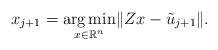
LaTeX: \begin{align*}x_{j+1}=\underset{x\in\mathbb{R}^n}{\arg \min} \| Z x-\tilde{u}_{j+1}\|.\end{align*}